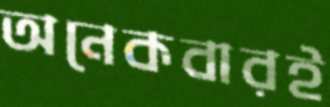
অনেকবারই